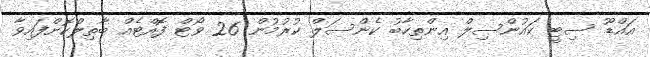
އައްޑޫ ސިޓީ ކައުންސިލް އިންތިހާބު ކެންސަލް ކުރުމުން 26 ވޯޓް ފޮއްޓެއް ބާތިލްކޮށްފައިވާ